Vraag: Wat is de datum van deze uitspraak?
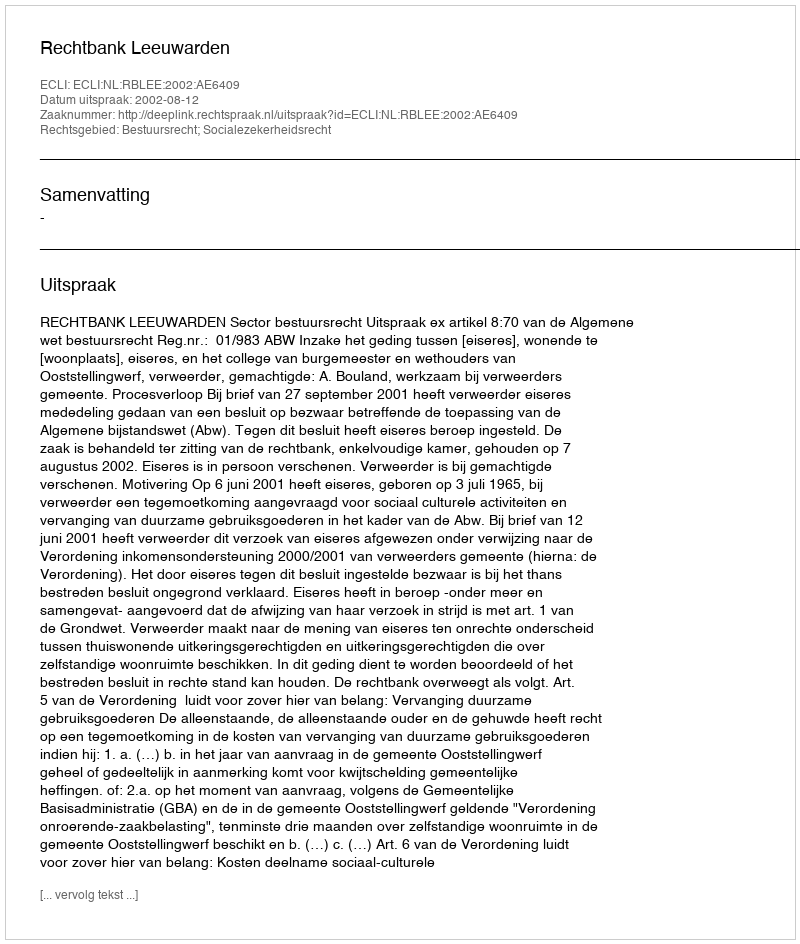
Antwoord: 2002-08-12